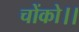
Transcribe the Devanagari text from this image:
चोंको।।